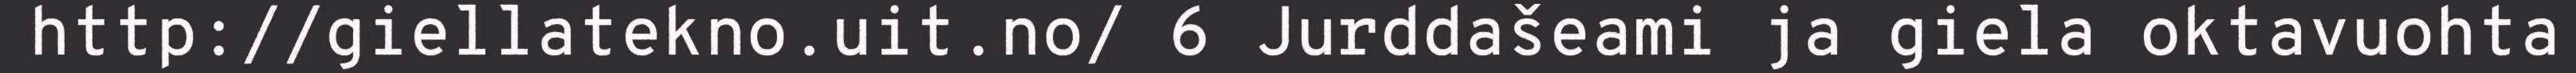
http://giellatekno.uit.no/ 6 Jurddašeami ja giela oktavuohta